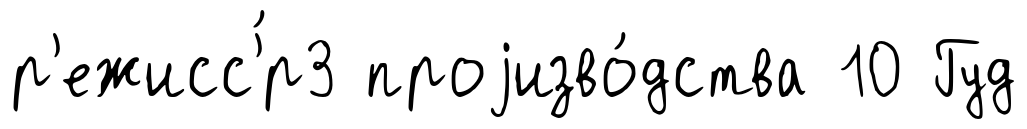
р'ежисс'́р3 проjизво́дства 10 Гуд